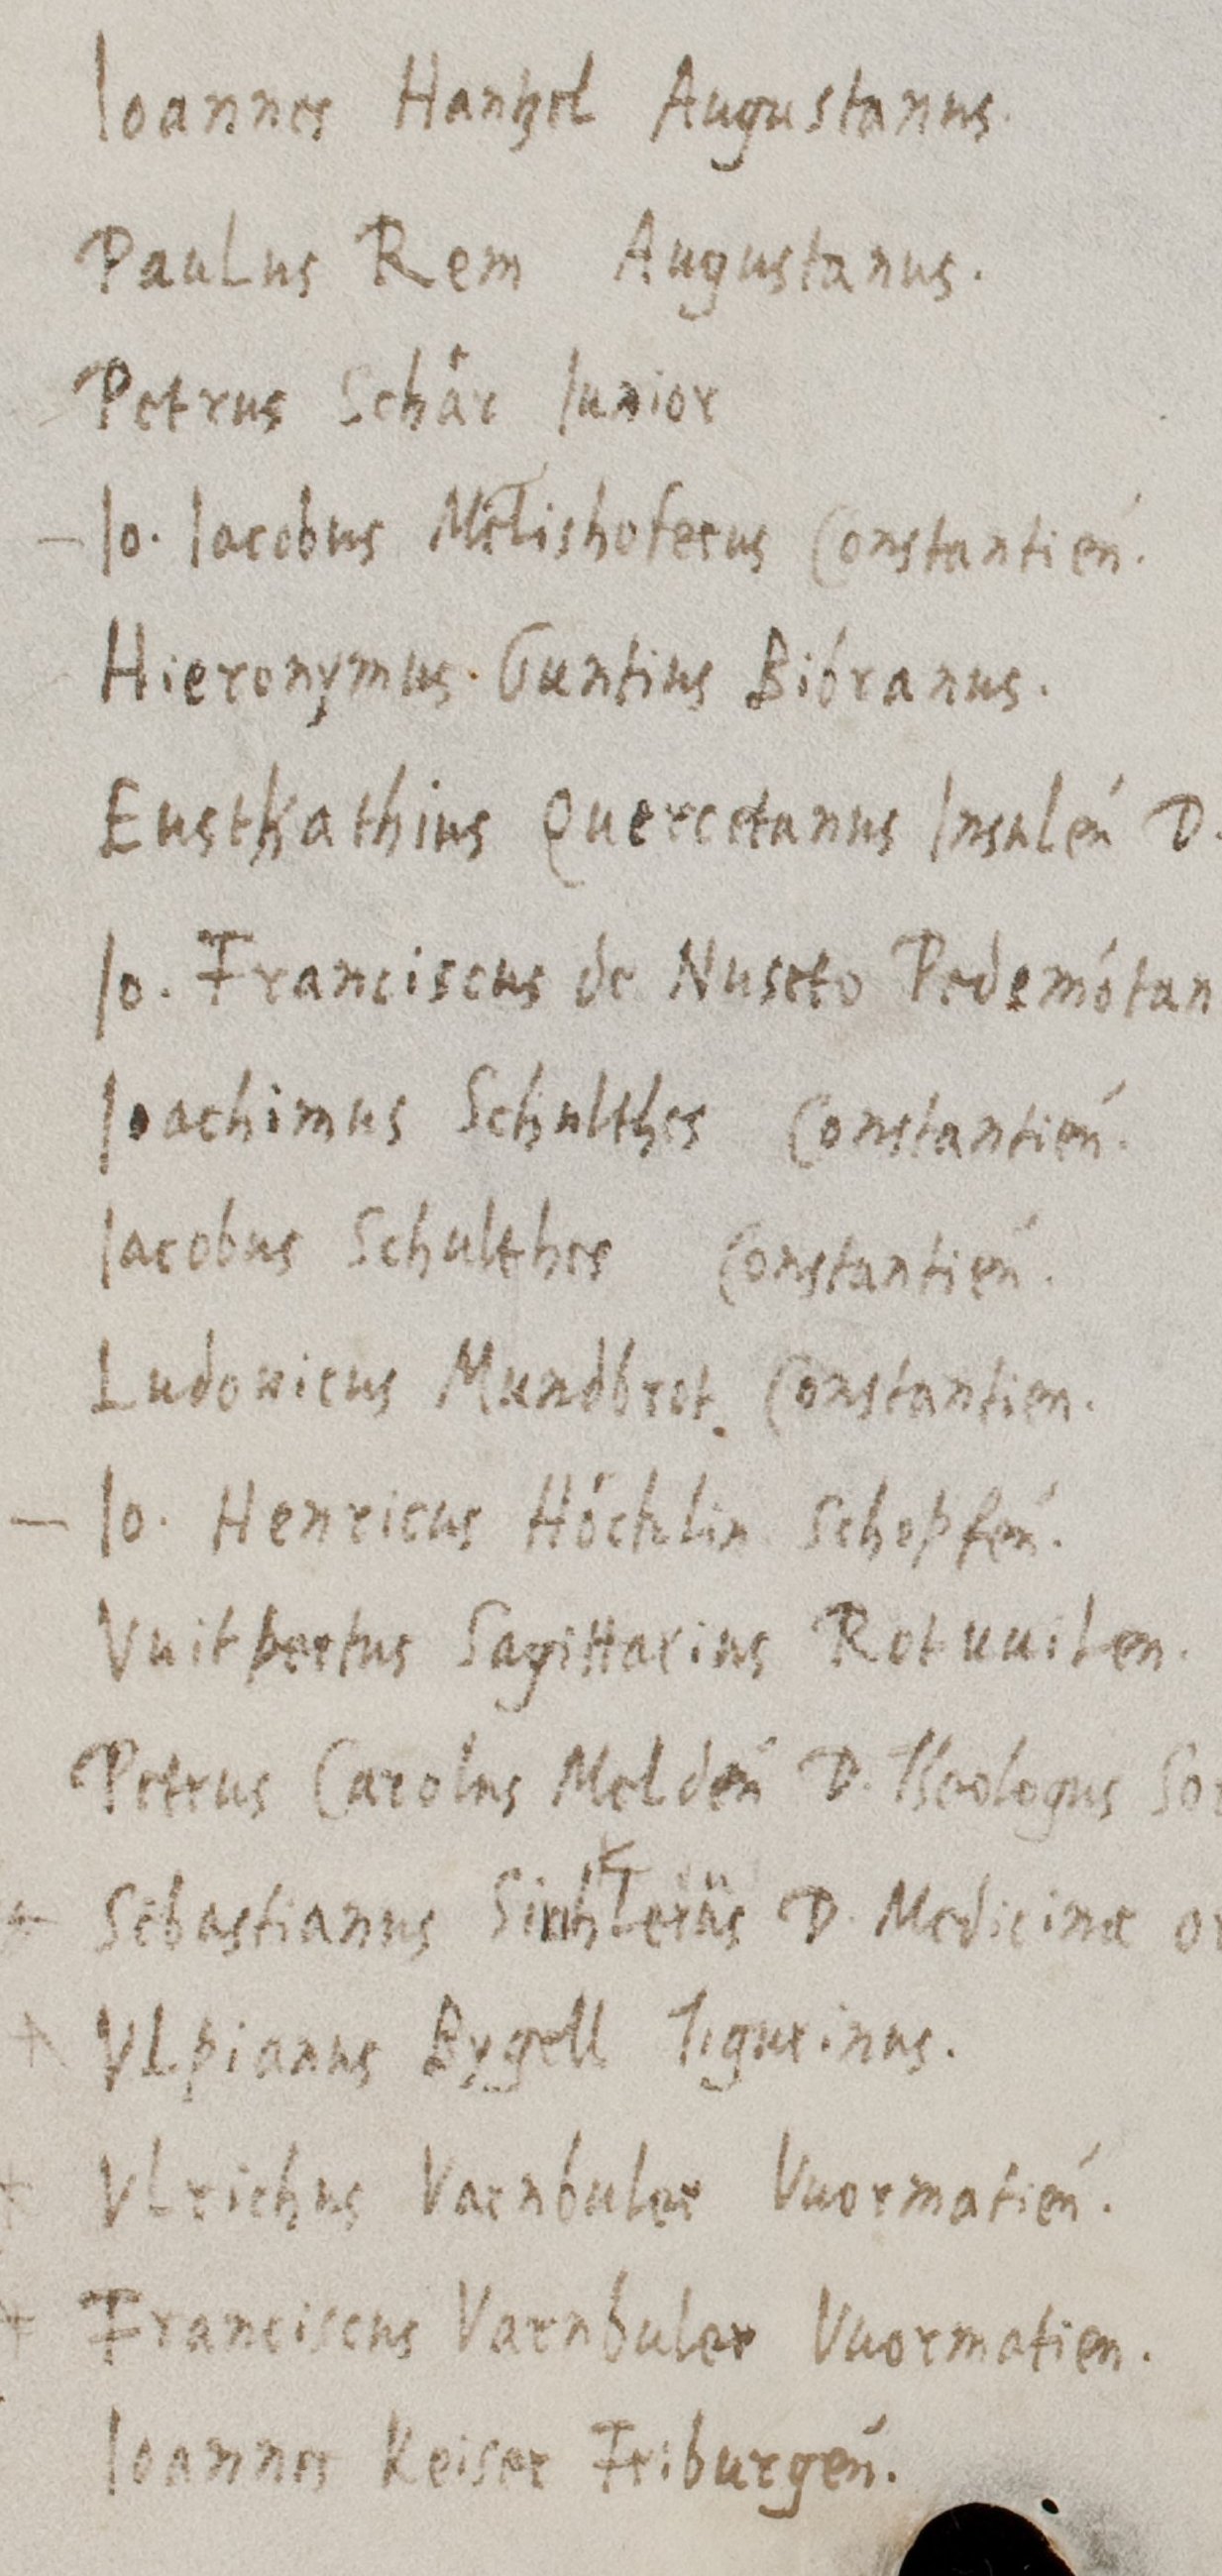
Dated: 1460–1567